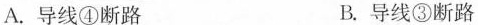
A.导线④断路 B.导线③断路